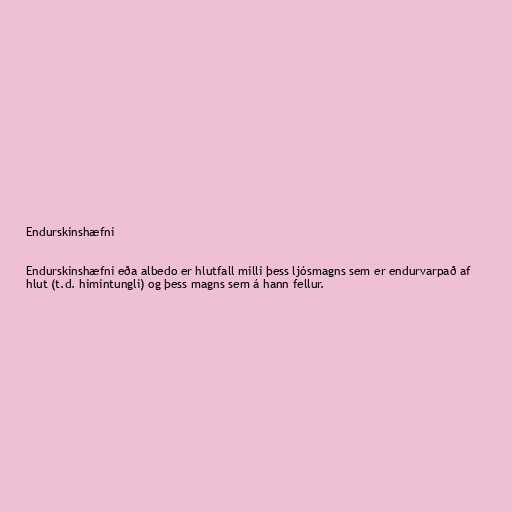
Endurskinshæfni

Endurskinshæfni eða albedo er hlutfall milli þess ljósmagns sem er endurvarpað af
hlut (t.d. himintungli) og þess magns sem á hann fellur.